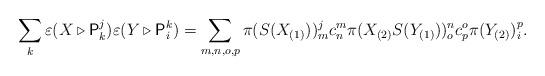
LaTeX: \begin{align*}\sum_{k}\varepsilon(X\triangleright\mathsf{P}_{k}^{j})\varepsilon(Y\triangleright\mathsf{P}_{i}^{k})=\sum_{m,n,o,p}\pi(S(X_{(1)}))_{m}^{j}c_{n}^{m}\pi(X_{(2)}S(Y_{(1)}))_{o}^{n}c_{p}^{o}\pi(Y_{(2)})_{i}^{p}.\end{align*}